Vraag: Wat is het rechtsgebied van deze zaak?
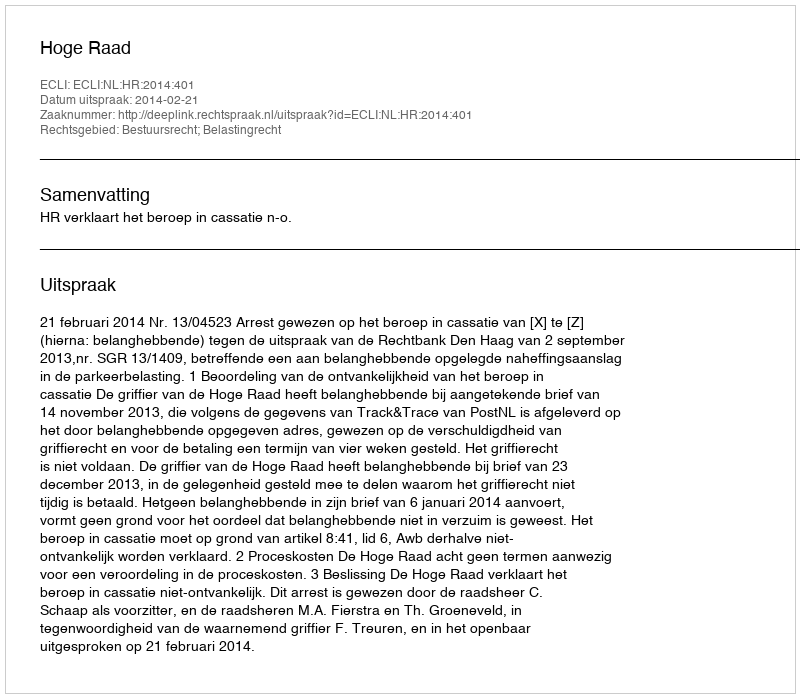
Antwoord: Bestuursrecht; Belastingrecht